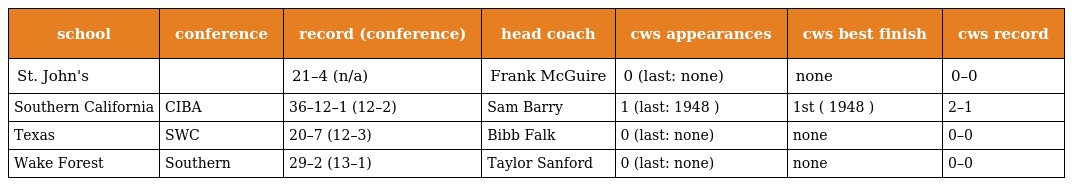
| school | conference | record (conference) | head coach | cws appearances | cws best finish | cws record |
 | --- | --- | --- | --- | --- | --- | --- |
 | St. John's |  | 21–4 (n/a) | Frank McGuire | 0 (last: none) | none | 0–0 |
 | Southern California | CIBA | 36–12–1 (12–2) | Sam Barry | 1 (last: 1948 ) | 1st ( 1948 ) | 2–1 |
 | Texas | SWC | 20–7 (12–3) | Bibb Falk | 0 (last: none) | none | 0–0 |
 | Wake Forest | Southern | 29–2 (13–1) | Taylor Sanford | 0 (last: none) | none | 0–0 |